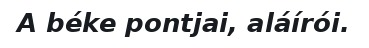
A béke pontjai, aláírói.